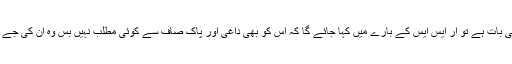
اگر یہی بات ہے تو آر ایس ایس کے بارے میں کہا جائے گا کہ اس کو بھی داغی اور پاک صاف سے کوئی مطلب نہیں بس وہ ان کی جے بولے۔